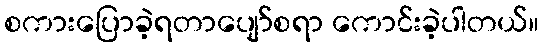
စကားပြောခဲ့ရတာပျော်စရာ ကောင်းခဲ့ပါတယ်။